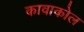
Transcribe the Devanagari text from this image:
कावाकोल